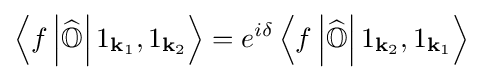
\left\langle f\left|{\widehat {\mathbb {O} }}\right|1_{\mathbf {k} _{1}},1_{\mathbf {k} _{2}}\right\rangle =e^{i\delta }\left\langle f\left|{\widehat {\mathbb {O} }}\right|1_{\mathbf {k} _{2}},1_{\mathbf {k} _{1}}\right\rangle